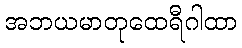
အဘယမာတုထေရီဂါထာ